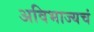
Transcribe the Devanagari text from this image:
अविभाज्यचं